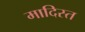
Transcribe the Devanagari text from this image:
मादिस्त